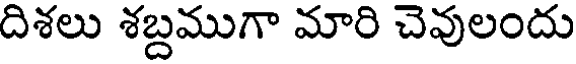
దిశలు శబ్దముగా మారి చెవులందు